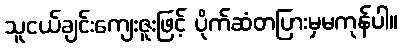
သူငယ်ချင်းကျေးဇူးဖြင့် ပိုက်ဆံတပြားမှမကုန်ပါ။